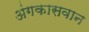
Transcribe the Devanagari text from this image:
अंगकासवान